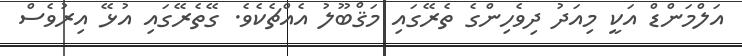
އަލްމަންޑް އަކީ މިއަދު ދިވެހިންގެ ތެރޭގައި މަޤްބޫލު އެއްޗެކެވެ. ގޭތެރޭގައި އުޅޭ އިރުވެސް